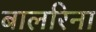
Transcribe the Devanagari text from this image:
बालरिना